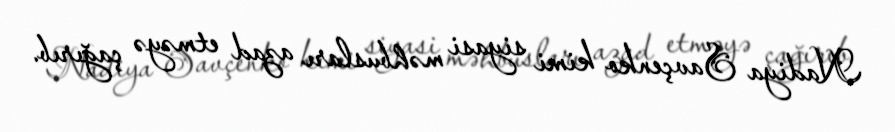
Nadiya Savçenko kimi siyasi məhbusları azad etməyə çağırıb.